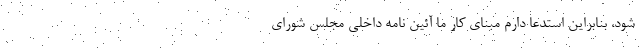
شود، بنابراین استدعا دارم مبنای کار ما آئین نامه داخلی مجلس شورای